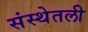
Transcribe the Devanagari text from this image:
संस्थेतली